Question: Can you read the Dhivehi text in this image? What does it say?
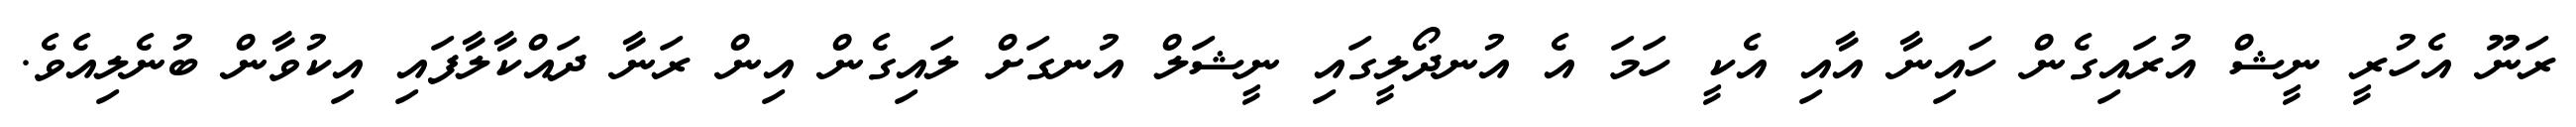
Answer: ރަނޫ އެހުރީ ނީޝް އުރައިގެން ހައިނާ އާއި އެކީ ހަމަ އެ އުނދޯލީގައި ނީޝަލް އުނގަށް ލައިގެން އިން ރަނާ ދައްކާލާފައި އިކުވާން ބުނެލިއެވެ.